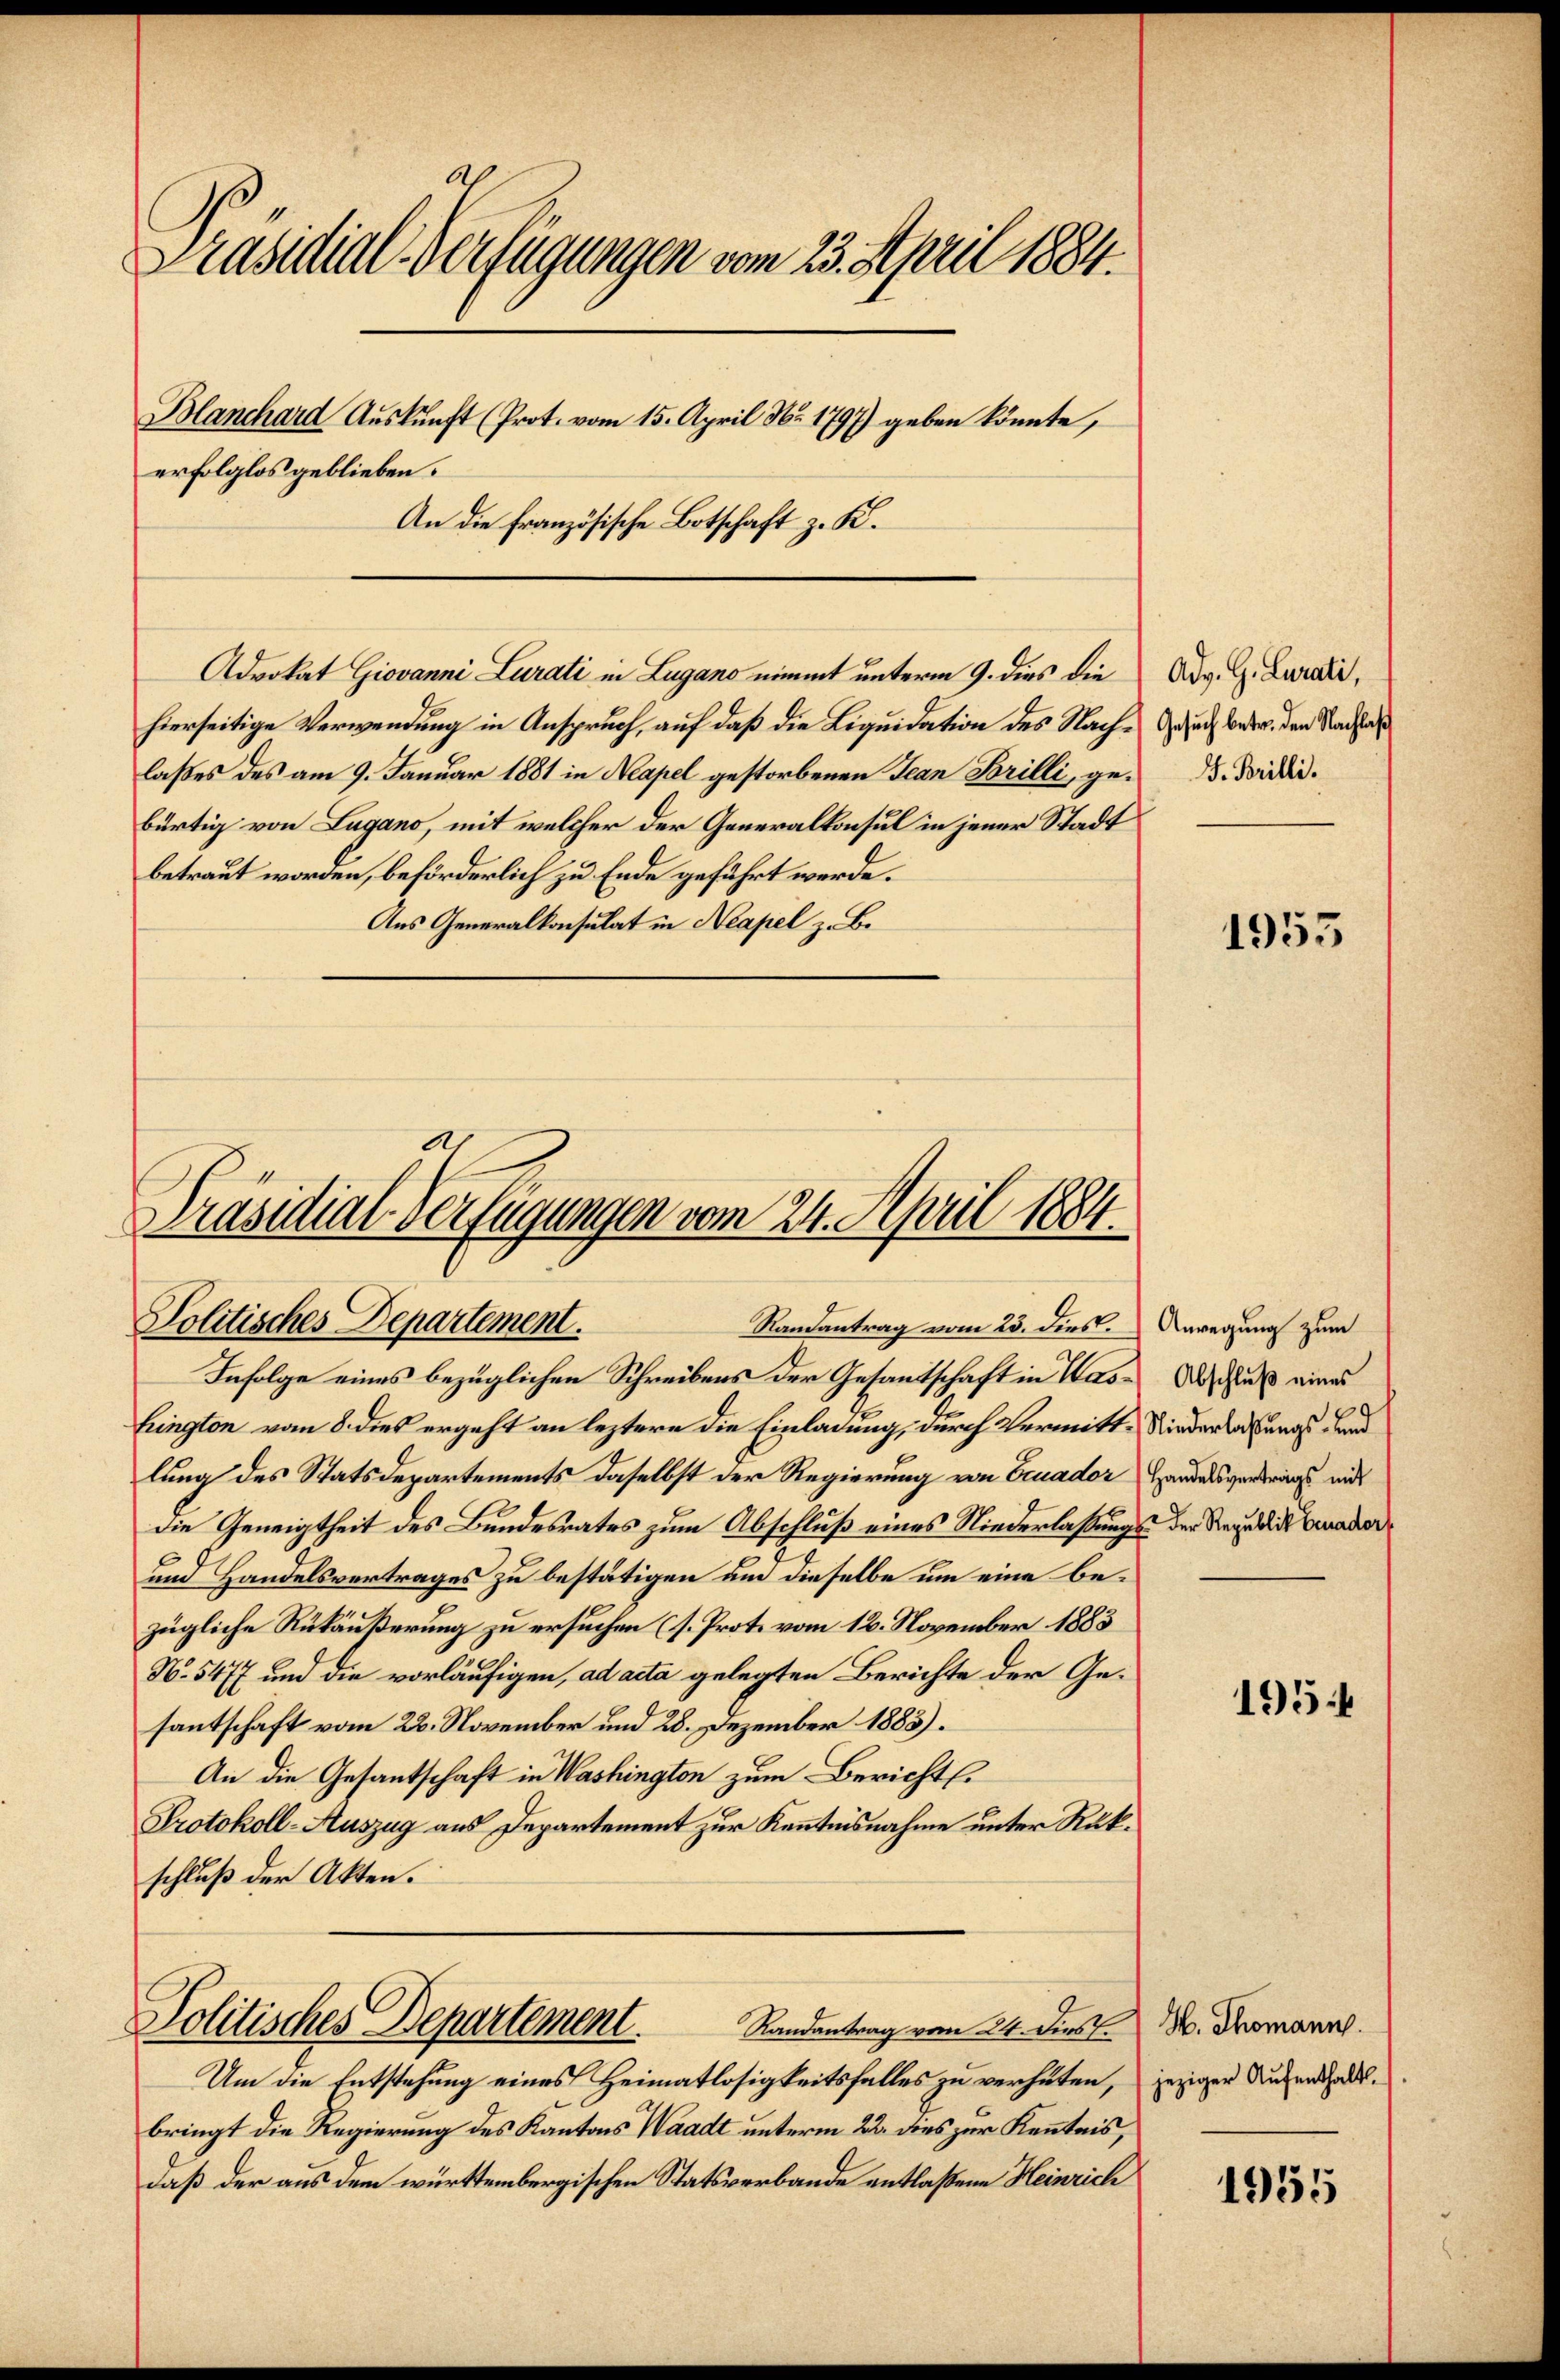
Präsidial-Verfügungen vom 23. April 1884.
Blanchard Auskunft (Prot. vom 15. April Nr 1797) geben könnte,
erfolglos geblieben.
An die französische Botschaft z. K.

Advokat Giovanni Lurati in Lugano nimmt unterm 9. dies die
hierseitige Verwendung in Anspruch, auf daß die Liquidation des Nachlaßes des am 9. Januar 1881 in Neapel gestorbenen Jean Brilli, gebürtig von Lugano, mit welcher der Generalkonsul in jener Stadt
betraut worden, beförderlich zu Ende geführt werde.
Aus Generalkonsulat in Neapel z. B.

Präsidial-Verfügungen vom 24. April 1884.
Politisches Departement.
Randantrag vom 23. dies. Anregung zum

Infolge eines bezüglichen Schreibens der Gesandtschaft in Was Abschluß eines
hrington vom 8. dies ergeht an leztere die Einladung, durch Vermitte Niederladungs- und
lung des Statsdepartements daselbst der Regierung von Eruador
die Geneigtheit des Bundesrates zum Abschluß eines Niederlassungs- der Reguli benader
und Handelsvertrages zu bestätigen um dieselbe um eine bezügliche Rükäußerung zu ersuchen (s. Prot. vom 12. November 1883
N. 5477 und die vorläufigen, ad acta gelegten Berichte der Gesantschaft vom 22. November und 28. Dezember 1883).
An die Gesantschaft in Washington zum Bericht.
Protokoll-Auszug aus Departement zur Kenntnisnahme unter Rükschluß der Akten.
Politisches Departement.
Randantrag vom 24. dies J. H. Thomann.
Um die Entstehung eines Heimatlosigkeitsfalles zu verhüten, jeziger Aufenthalbringt die Regierung des Kantons Waadt unterm 22. dies zur Kenntnis,
daß der aus dem württembergischen Statsverbande entlaßene Heinrich

Adv. G. Curati,
Gesuch betr. den Nachlaß
J. Brilli.

1955

Handelsvertrags mit

1954

1955